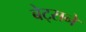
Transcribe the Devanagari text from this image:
बेट्सने